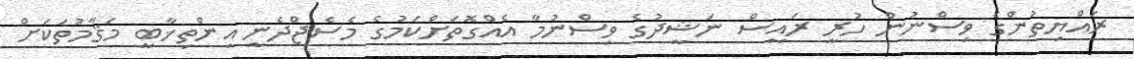
ރައްޔިތުންގެ ވިސްނުން ހުރީ ރައީސް ނަޝީދުގެ ވިސްނުމާ އެއްގޮތަށްކަމުގެ މެސެޖްދެނީ އިންތިޚާބީ މަޤާމުތަކަށް